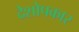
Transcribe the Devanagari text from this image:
देशोपकार